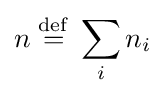
n\;{\stackrel {\mathrm {def} }{=}}\;\sum _{i}n_{i}